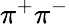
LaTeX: \pi^{+}\pi^{-}